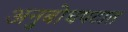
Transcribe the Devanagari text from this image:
अनुबोधपटात